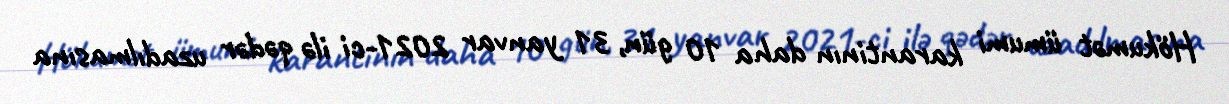
Hökumət ümumi karantinın daha 10 gün, 31 yanvar 2021-ci ilə qədər uzadılmasına